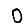
Digit: 0